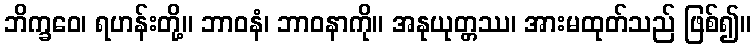
ဘိက္ခဝေ၊ ရဟန်းတို့။ ဘာဝနံ၊ ဘာဝနာကို။ အနုယုတ္တဿ၊ အားမထုတ်သည် ဖြစ်၍။